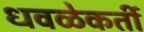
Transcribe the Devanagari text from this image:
धवळेकर्ती